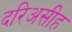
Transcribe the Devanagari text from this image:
दरिअसीह